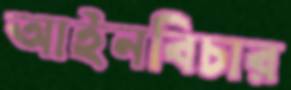
আইনবিচার